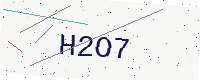
Text: H2O7